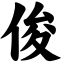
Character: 俊